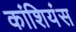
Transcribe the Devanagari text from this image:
कांशियंस